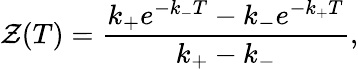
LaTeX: \mathcal{Z}(T)={\frac{{k_{+}e^{-k_{-}T}-k_{-}e^{-k_{+}T}}}{{k_{+}-k_{-}}}},